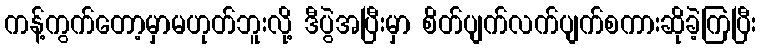
ကန့်ကွက်တော့မှာမဟုတ်ဘူးလို့ ဒီပွဲအပြီးမှာ စိတ်ပျက်လက်ပျက်စကားဆိုခဲ့ကြပြီး